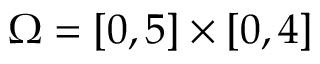
\Omega = [ 0 , 5 ] \times [ 0 , 4 ]